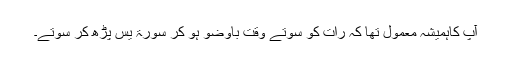
آپ کاہمیشہ معمول تھا کہ رات کو سوتے وقت باوضو ہو کر سورۃ یٰس پڑھ کر سوتے۔